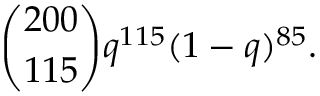
{ { \binom { 2 0 0 } { 1 1 5 } } q ^ { 1 1 5 } ( 1 - q ) ^ { 8 5 } } .